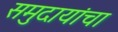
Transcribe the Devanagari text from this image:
समुदायांचा